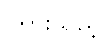
ကြားသည့်